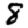
Digit: 8